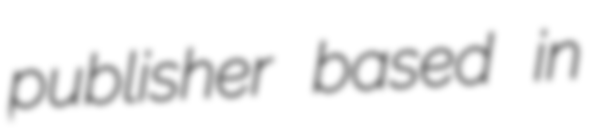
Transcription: publisher based in